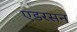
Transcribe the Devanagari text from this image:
एडरसन